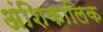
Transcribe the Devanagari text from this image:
अंशिकालिक